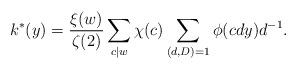
LaTeX: \begin{align*} k^*(y)=\frac{\xi(w)}{\zeta(2)}\sum_{c\mid w}\chi(c)\sum_{(d,D)=1}\phi(cdy)d^{-1}. \end{align*}